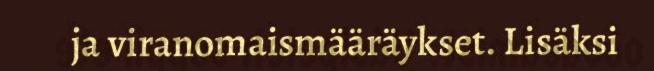
ja viranomaismääräykset. Lisäksi